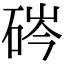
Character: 硶